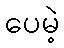
ပေမဲ့